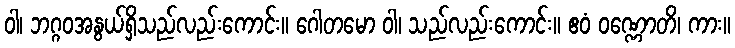
ဝါ၊ ဘဂ္ဂဝအနွယ်ရှိသည်လည်းကောင်း။ ဂေါတမော ဝါ၊ သည်လည်းကောင်း။ ဧဝံ ဝဏ္ဏောတိ၊ ကား။